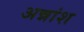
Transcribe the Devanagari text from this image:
अन्नांश